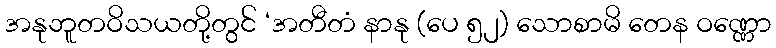
အနုဘူတဝိသယတို့တွင် ‘အတီတံ နာနု (ပေ ၅၂) သောစာမိ တေန ဝဏ္ဏော